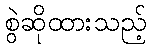
စွဲဆိုထားသည့်